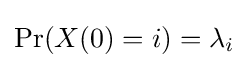
\Pr(X(0)=i)=\lambda _{i}